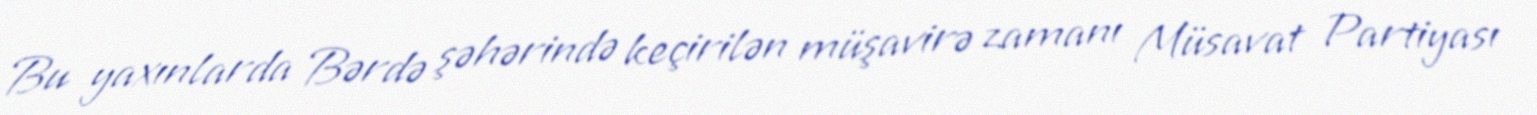
Bu yaxınlarda Bərdə şəhərində keçirilən müşavirə zamanı Müsavat Partiyası